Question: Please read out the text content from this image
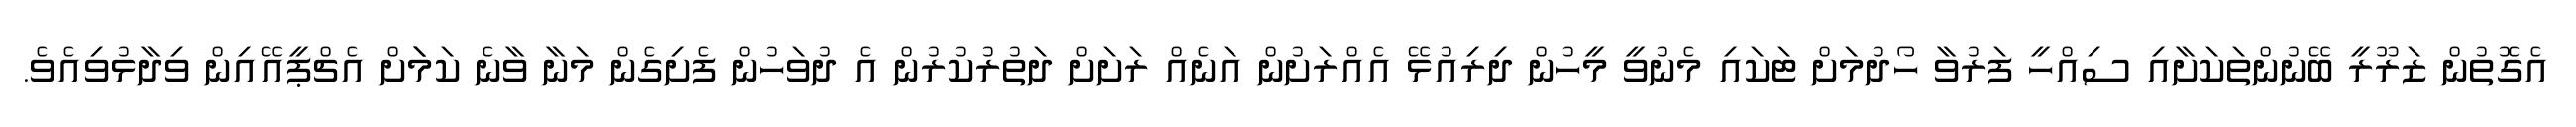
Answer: އެގޮތުން ޒަރޫރީ ބޭނުންތަކަށާއި ސިއްހީ ފަރުވާ ހޯދުމަށް ޓަކައި މެނުވީ މީހުން ދިރިއުޅޭ އެއްރަށުން އަނެއް ރަށަށް ދަތުރުކުރުން އެ ދުވަހުން ފެށިގެން މަނާ ވާނެ ކަމަަށް އެޗްޕީއޭއިން ވިދާޅުވިއެވެ.